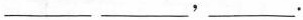
___ ___，___.